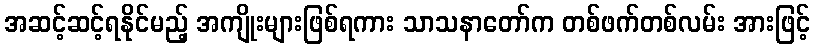
အဆင့်ဆင့်ရနိုင်မည့် အကျိုးများဖြစ်ရကား သာသနာတော်က တစ်ဖက်တစ်လမ်း အားဖြင့်